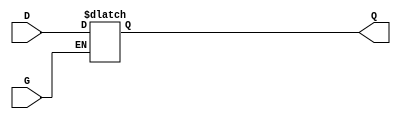
module gated_transparent_latch (
    input wire D,        // Data input
    input wire G,        // Enable signal
    output reg Q         // Output
);
    
    // Always block to model the latch behavior
    always @(*) begin
        if (G) begin
            // When G is HIGH, output follows input D
            Q = D;
        end
        // When G is LOW, output retains its last state
    end

endmodule